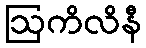
ဩကိလိနီ